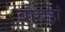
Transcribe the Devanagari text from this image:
बोचहां